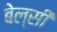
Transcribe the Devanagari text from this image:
बेल्सी